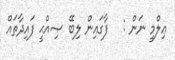
ޢިލްމީ ނަން :   ފާގައިން ލިބޭ ޞިއްޙީ ފައިދާތައް